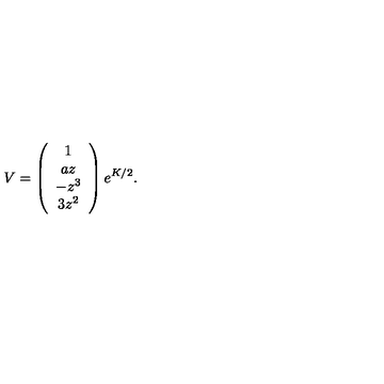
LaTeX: V = \left( \begin{array} { c } { 1 } \\ { a z } \\ { - z ^ { 3 } } \\ { 3 z ^ { 2 } } \\ \end{array} \right) e ^ { K / 2 } .